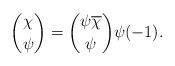
LaTeX: \begin{align*}{\chi\choose\psi}={\psi\overline{\chi}\choose\psi}\psi(-1).\end{align*}